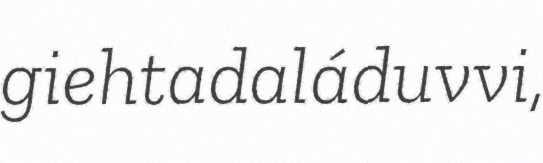
giehtadaláduvvi,